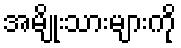
အမျိုးသားများကို